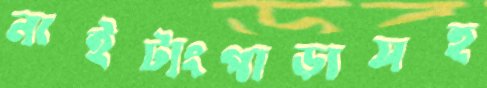
নাইট্যংপাড়াসহ